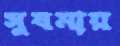
সুষমায়